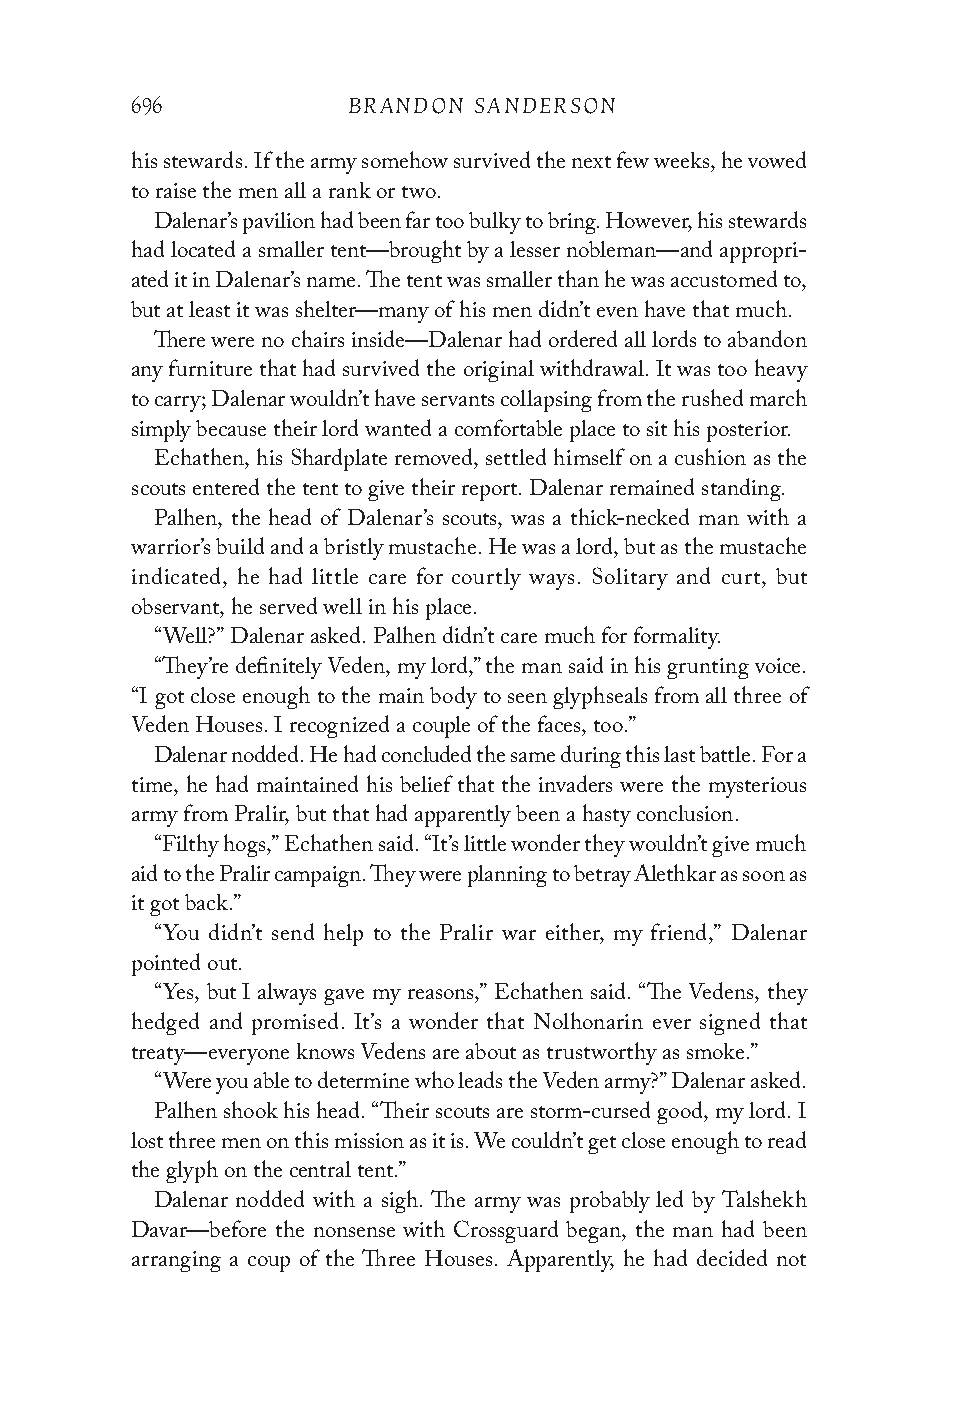
696           BRANDON SANDERSON
 his stewards. If the army somehow survived the next few weeks, he vowed
 to raise the men all a rank or two.
 Dalenar’s pavilion had been far too bulky to bring. However, his stewards
 had located a smaller tent—brought by a lesser nobleman—and appropri-
 ated it in Dalenar’s name. The tent was smaller than he was accustomed to,
 but at least it was shelter—many of his men didn’t even have that much.
 There were no chairs inside—Dalenar had ordered all lords to abandon
 any furniture that had survived the original withdrawal. It was too heavy
 to carry; Dalenar wouldn’t have servants collapsing from the rushed march
 simply because their lord wanted a comfortable place to sit his posterior.
 Echathen, his Shardplate removed, settled himself on a cushion as the
 scouts entered the tent to give their report. Dalenar remained standing.
 Palhen, the head of Dalenar’s scouts, was a thick-necked man with a
 warrior’s build and a bristly mustache. He was a lord, but as the mustache
 indicated, he had little care for courtly ways. Solitary and curt, but
 observant, he served well in his place.
 “Well?” Dalenar asked. Palhen didn’t care much for formality.
 “They’re definitely Veden, my lord,” the man said in his grunting voice.
 “I got close enough to the main body to seen glyphseals from all three of
 Veden Houses. I recognized a couple of the faces, too.”
 Dalenar nodded. He had concluded the same during this last battle. For a
 time, he had maintained his belief that the invaders were the mysterious
 army from Pralir, but that had apparently been a hasty conclusion.
 “Filthy hogs,” Echathen said. “It’s little wonder they wouldn’t give much
 aid to the Pralir campaign. They were planning to betray Alethkar as soon as
 it got back.”
 “You didn’t send help to the Pralir war either, my friend,” Dalenar
 pointed out.
 “Yes, but I always gave my reasons,” Echathen said. “The Vedens, they
 hedged and promised. It’s a wonder that Nolhonarin ever signed that
 treaty—everyone knows Vedens are about as trustworthy as smoke.”
 “Were you able to determine who leads the Veden army?” Dalenar asked.
 Palhen shook his head. “Their scouts are storm-cursed good, my lord. I
 lost three men on this mission as it is. We couldn’t get close enough to read
 the glyph on the central tent.”
 Dalenar nodded with a sigh. The army was probably led by Talshekh
 Davar—before the nonsense with Crossguard began, the man had been
 arranging a coup of the Three Houses. Apparently, he had decided not